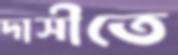
দাসীতে